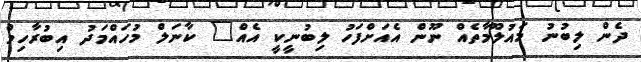
ދެން ލިބުނު މައުލޫމާތެއް ނޫން އެއަށްފަހު ލިބުނީކީ އެއް" ކާނަލް މުހައްމަދު އިބުރާހިމް